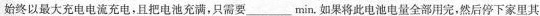
始终以最大充电电流充电，且把电池充满，只需要___min，如果将此电池电量全部用完，然后停下家里其